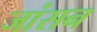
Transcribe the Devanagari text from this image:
जांसन